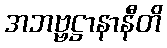
အဘဗ္ဗဋ္ဌာနာနီတိ